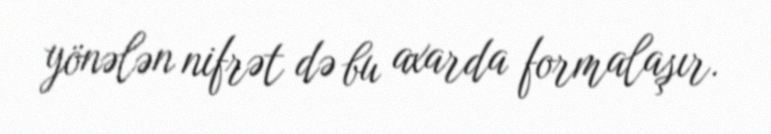
yönələn nifrət də bu axarda formalaşır.